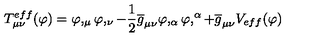
T _ { \mu \nu } ^ { e f f } ( \varphi ) = \varphi , _ { \mu } \varphi , _ { \nu } - \frac { 1 } { 2 } \overline { { g } } _ { \mu \nu } \varphi , _ { \alpha } \varphi , ^ { \alpha } + \overline { { g } } _ { \mu \nu } V _ { e f f } ( \varphi )